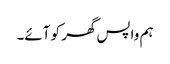
ہم واپس گھر کو آئے۔